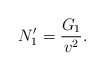
\begin{align*} N_1'=\frac{G_1}{v^2}.\end{align*}